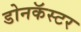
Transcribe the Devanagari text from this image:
डोनकॅस्टर